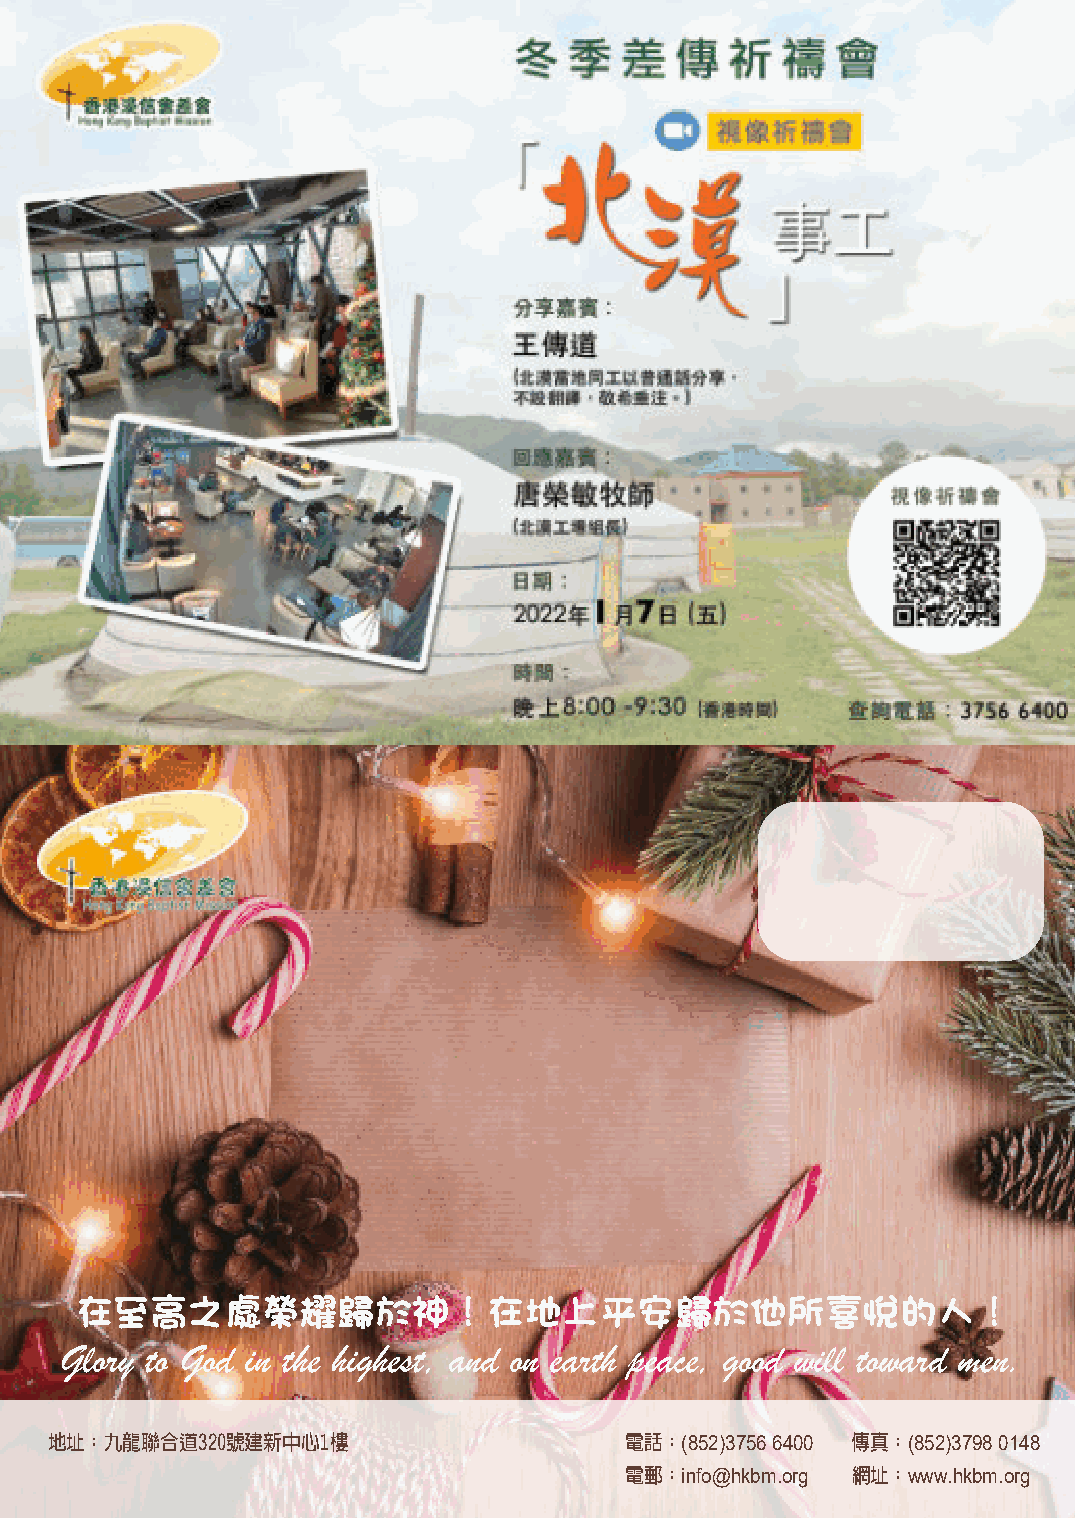
在至高之處榮耀歸於神！在地上平安歸於他所喜悅的人！
 Glory to God in the highest, and on earth peace, good will toward men.
 地址：九龍聯合道320號建新中心1樓                    電話：(852)37566400 傳真：(852)37980148
 電郵：info@hkbm.org 網址：www.hkbm.org